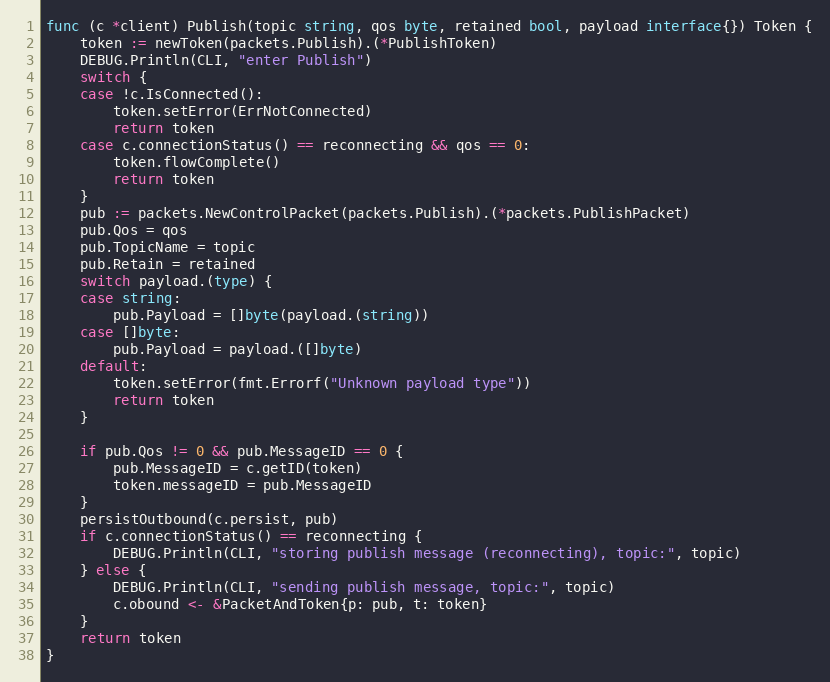
Language: Go
func (c *client) Publish(topic string, qos byte, retained bool, payload interface{}) Token {
	token := newToken(packets.Publish).(*PublishToken)
	DEBUG.Println(CLI, "enter Publish")
	switch {
	case !c.IsConnected():
		token.setError(ErrNotConnected)
		return token
	case c.connectionStatus() == reconnecting && qos == 0:
		token.flowComplete()
		return token
	}
	pub := packets.NewControlPacket(packets.Publish).(*packets.PublishPacket)
	pub.Qos = qos
	pub.TopicName = topic
	pub.Retain = retained
	switch payload.(type) {
	case string:
		pub.Payload = []byte(payload.(string))
	case []byte:
		pub.Payload = payload.([]byte)
	default:
		token.setError(fmt.Errorf("Unknown payload type"))
		return token
	}

	if pub.Qos != 0 && pub.MessageID == 0 {
		pub.MessageID = c.getID(token)
		token.messageID = pub.MessageID
	}
	persistOutbound(c.persist, pub)
	if c.connectionStatus() == reconnecting {
		DEBUG.Println(CLI, "storing publish message (reconnecting), topic:", topic)
	} else {
		DEBUG.Println(CLI, "sending publish message, topic:", topic)
		c.obound <- &PacketAndToken{p: pub, t: token}
	}
	return token
}